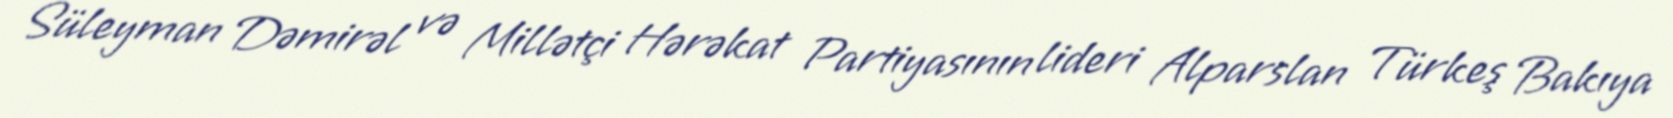
Süleyman Dəmirəl və Millətçi Hərəkat Partiyasının lideri Alparslan Türkeş Bakıya